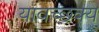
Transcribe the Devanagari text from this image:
यावच्छक्य